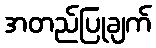
အတည်ပြုချက်